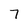
Character: 7